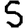
Digit: 5